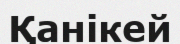
Қанікей